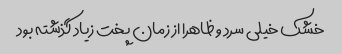
خشک خیلی سرد و ظاهرا از زمان پخت زیاد گذشته بود